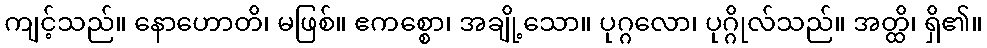
ကျင့်သည်။ နောဟောတိ၊ မဖြစ်။ ဧကစ္စော၊ အချို့သော။ ပုဂ္ဂလော၊ ပုဂ္ဂိုလ်သည်။ အတ္ထိ၊ ရှိ၏။